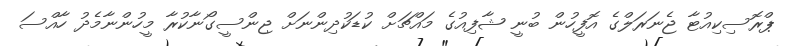
ޕްރޮސިކިއުޓާ ޖެނަރަލްގެ އޮފީހުން ބުނީ ޝާފިއުގެ މައްޗަށް ކުޑަކުދިންނަށް ޖިންސީގޯނާކުރާ މީހުންނާމެދު ހާއްސަ